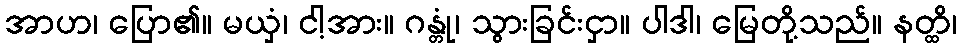
အာဟ၊ ပြော၏။ မယှံ၊ ငါ့အား။ ဂန္တုံ၊ သွားခြင်းငှာ။ ပါဒါ၊ မြေတို့သည်။ နတ္ထိ၊